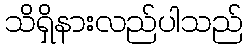
သိရှိနားလည်ပါသည်